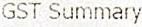
GST SUMMARY